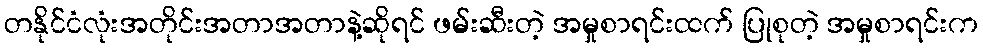
တနိုင်ငံလုံးအတိုင်းအတာအတာနဲ့ဆိုရင် ဖမ်းဆီးတဲ့ အမှုစာရင်းထက် ပြုစုတဲ့ အမှုစာရင်းက